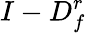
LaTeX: I-D_{f}^{r}